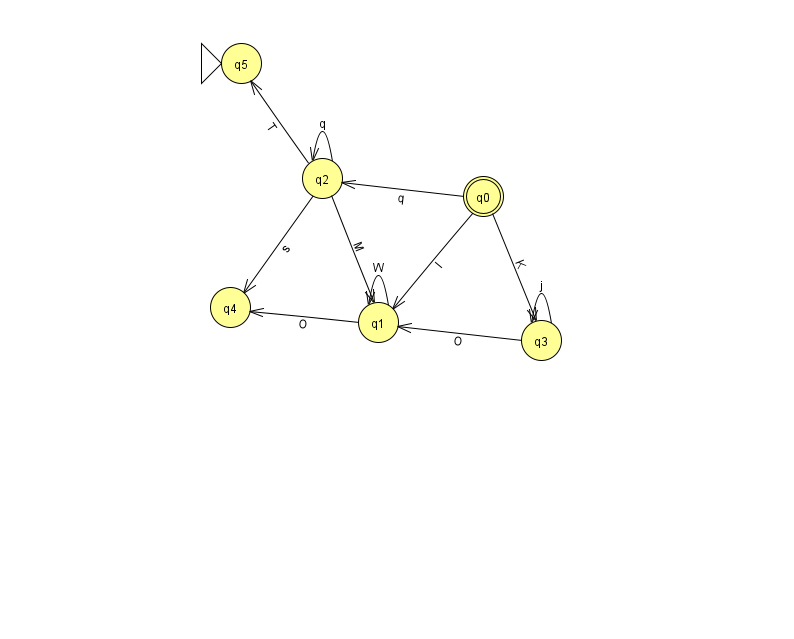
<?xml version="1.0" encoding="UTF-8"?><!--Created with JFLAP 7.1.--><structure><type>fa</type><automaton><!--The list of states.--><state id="0" name="q0"><x>483.0</x><y>183.0</y><final/></state><state id="1" name="q1"><x>378.0</x><y>309.0</y></state><state id="2" name="q2"><x>322.0</x><y>165.0</y></state><state id="3" name="q3"><x>541.0</x><y>327.0</y></state><state id="4" name="q4"><x>230.0</x><y>294.0</y></state><state id="5" name="q5"><x>241.0</x><y>50.0</y><initial/></state><!--The list of transitions.--><transition><from>2</from><to>2</to><read>q</read></transition><transition><from>2</from><to>5</to><read>T</read></transition><transition><from>0</from><to>3</to><read>K</read></transition><transition><from>0</from><to>2</to><read>q</read></transition><transition><from>3</from><to>1</to><read>O</read></transition><transition><from>1</from><to>1</to><read>W</read></transition><transition><from>2</from><to>4</to><read>s</read></transition><transition><from>2</from><to>1</to><read>M</read></transition><transition><from>3</from><to>3</to><read>j</read></transition><transition><from>0</from><to>1</to><read>l</read></transition><transition><from>1</from><to>4</to><read>O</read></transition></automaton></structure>